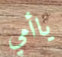
ياأمي